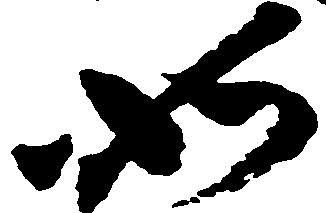
如